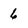
Character: 6